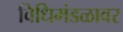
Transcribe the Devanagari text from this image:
विधिमंडळावर